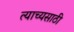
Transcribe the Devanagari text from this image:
त्याच्यसाठी